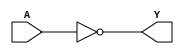
module INV_5 (
	input A,
	output Y
);
	assign Y = !A;
endmodule